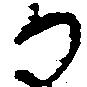
か